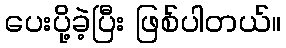
ပေးပို့ခဲ့ပြီး ဖြစ်ပါတယ်။